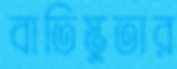
বাতিস্তুতার